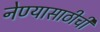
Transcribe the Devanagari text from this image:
नेण्यासाठीची